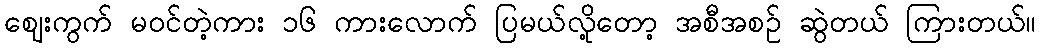
ဈေးကွက် မဝင်တဲ့ကား ၁၆ ကားလောက် ပြမယ်လို့တော့ အစီအစဉ် ဆွဲတယ် ကြားတယ်။